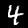
Digit: 4